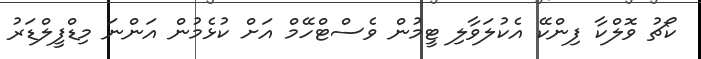
ކޯޗު ވޮލްކާ ފިންކޭ އެކުލަވާލި ޓީމުން ވެސްޓްހޭމް އަށް ކުޅެމުން އަންނަ މިޑްފީލްޑަރު